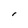
Character: r